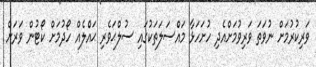
ވަރިކުރުމަށް ނުވަތަ ވަރިވުމަށްއެދި ހުށަހަޅާ މައެްސަލަތަކުގައި ސުލްޙަވެރި ޙައެްލެއް ހޯދުމަށް ކޯޓުން ވަރަށް